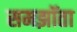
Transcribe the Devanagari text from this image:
समझॉता